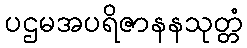
ပဌမအပရိဇာနနသုတ္တံ